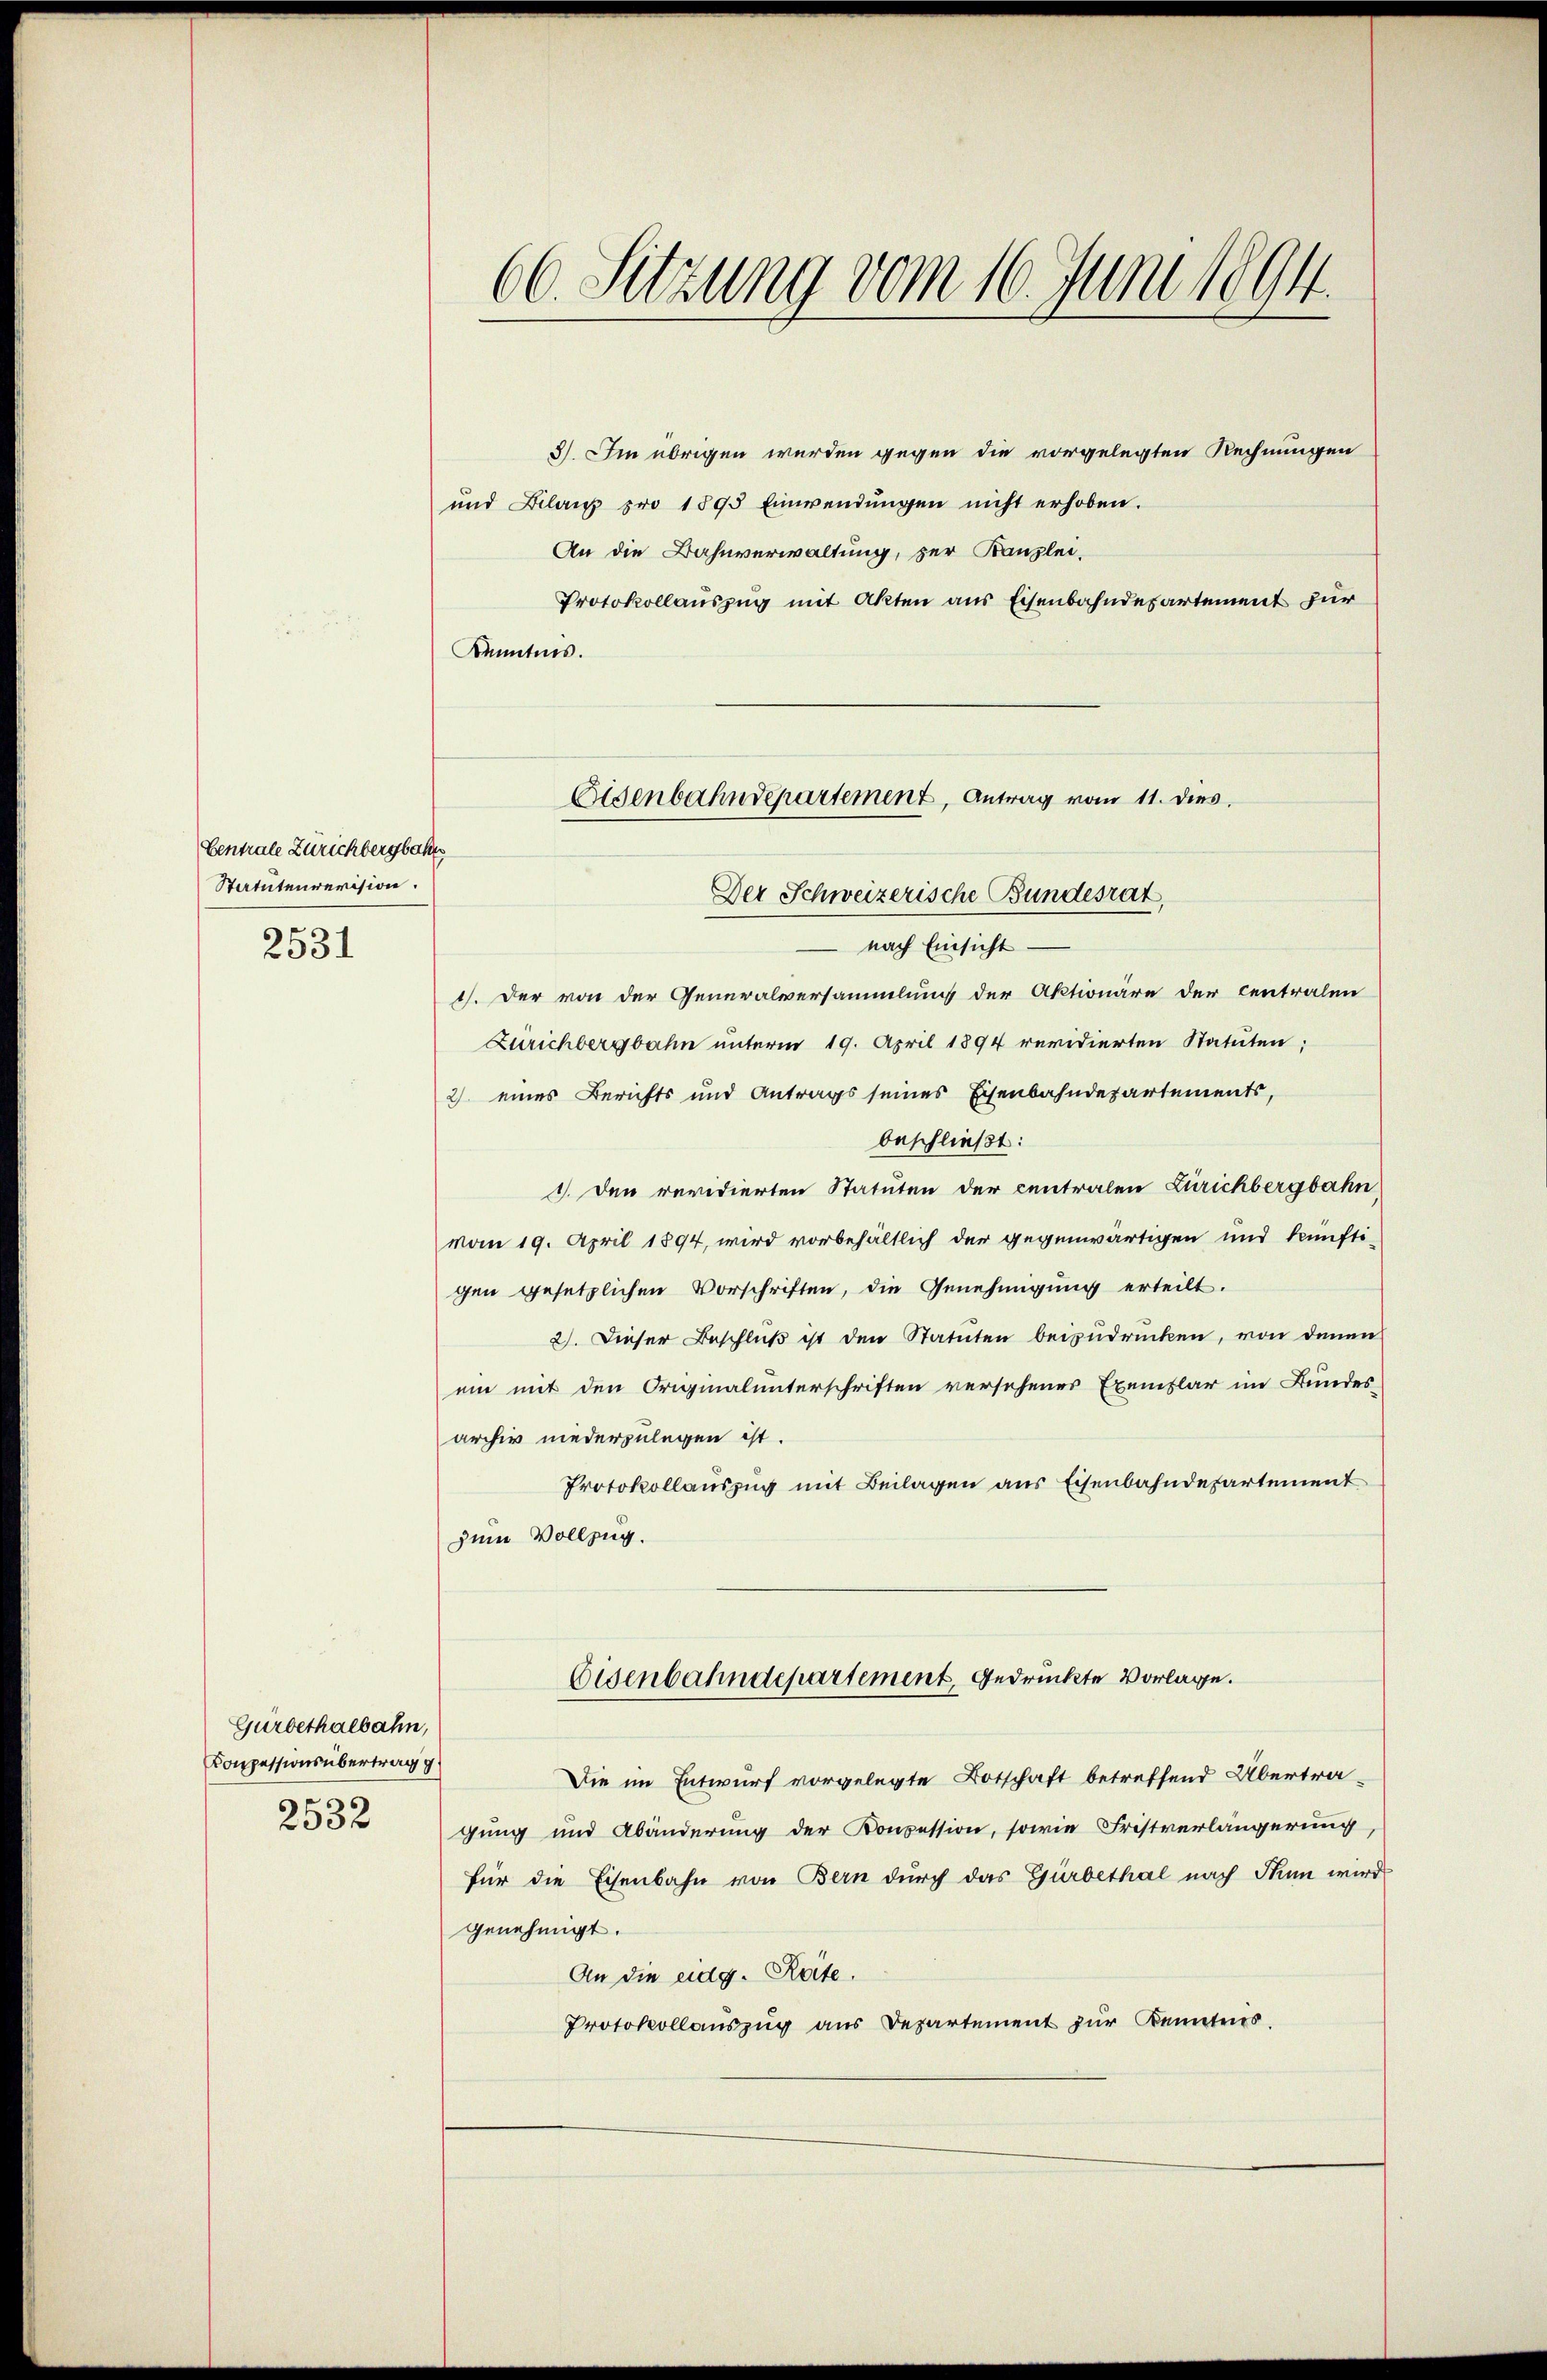
Centrale Zürichbergbahn
Statutenrevision.
2531

Gürbethalbahn,
Konzessionsübertrag g
s
233 f

3) Im übrigen werden gegen die vorgelegten Rechnungen
und Bilanz pro 1895 Einwendŭngen nicht erhoben.
An die Bahnverwaltung, zur Kanzlei-
Protokollaŭszŭg mit Akten aus Eisenbahndepartement für
Kenntnis.
Der Schweizerische Bundesrat,
nach Einsicht
1). Der von der Generalversammlung der Aktionäre der centralen
Zurichbergbahn unterm 19. April 1894 revidierten Statuten;
2) eines Berichts und Antrags seines Eisenbahndepartements,
beschließt:
1. Den revidierten Statuten der centralen Zürichbergbahn
vom 19. April 1894, wird vorbehältlich der gegenwärtigen und künfti-
gen gesetzlichen Vorschriften, die Genehmigung erteilt.
2). Dieser Beschluß ist den Statuten beizudrücken, von denen
ein mit den Originalunterschriften versehenes Exemplar im Bundesarchiv niederzulegen ist.
Protokollauszug mit Beilagen aus Eisenbahndepartement
zum Vollzug.

66. Sitzung vom 16. Juni 1894.

Osenbahndepartement, Antrag vom 11. dies

Eisenbahndepartement, gedruckte Vorlage.

Die im Entwurf vorgelegte Botschaft betreffend Übertra-
gung und Abänderung der Konzession, sowie Fristverlängerung,
für die Eisenbahn von Bern durch das Gürbethal nach Thun wird
genehmigt.
An die eidg. Reite.
Protokollauszug aus Departement zur Kenntes.